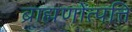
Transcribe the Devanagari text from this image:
ब्राह्मणोंत्पत्ति